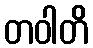
တဝါတိ